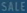
SALE